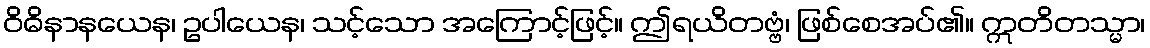
ဝိဓိနာနယေန၊ ဥပါယေန၊ သင့်သော အကြောင့်ဖြင့်။ ဤရယိတဗ္ဗံ၊ ဖြစ်စေအပ်၏။ ဣတိတသ္မာ၊